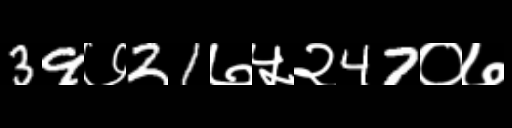
Text: 39७21७५२47०७